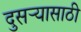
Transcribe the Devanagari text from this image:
दुसर्‍यासाठी